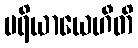
ပရိယာယေဟီတိ